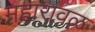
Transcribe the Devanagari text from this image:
महारावळ